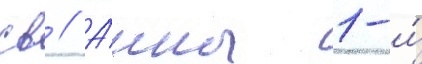
св // А́нны 1-и́